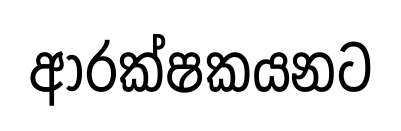
ආරක්ෂකයනට